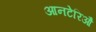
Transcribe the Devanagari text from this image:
आनटेरिऔ